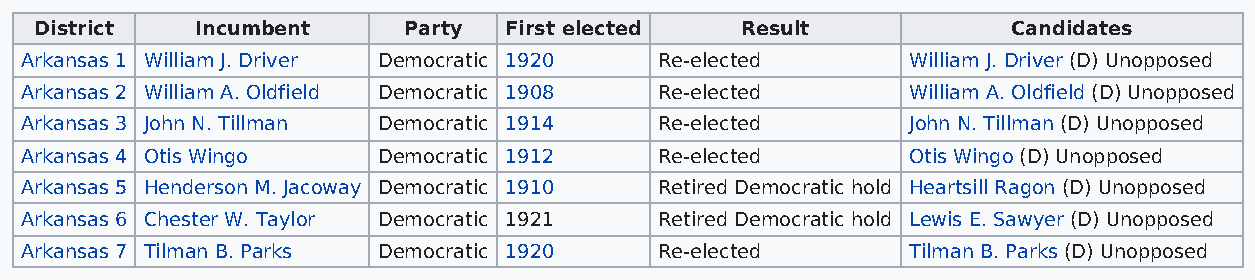
District   Incumbent     Party First elected   Result            Candidates
 Arkansas 1 William J. Driver Democratic 1920 Re-elected    William J. Driver (D) Unopposed
 Arkansas 2 William A. Oldfield Democratic 1908 Re-elected  William A. Oldfield (D) Unopposed
 Arkansas 3 John N. Tillman Democratic 1914 Re-elected      John N. Tillman (D) Unopposed
 Arkansas 4 Otis Wingo   Democratic 1912    Re-elected      Otis Wingo (D) Unopposed
 Arkansas 5 Henderson M. Jacoway Democratic 1910 Retired Democratic hold Heartsill Ragon (D) Unopposed
 Arkansas 6 Chester W. Taylor Democratic 1921 Retired Democratic hold Lewis E. Sawyer (D) Unopposed
 Arkansas 7 Tilman B. Parks Democratic 1920 Re-elected      Tilman B. Parks (D) Unopposed